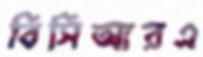
বিসিআরএ